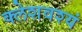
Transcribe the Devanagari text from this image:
क्लेशवश्यं